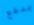
يدفع